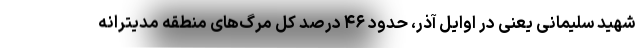
شهید سلیمانی یعنی در اوایل آذر، حدود ۴۶ درصد کل مرگ‌های منطقه مدیترانه